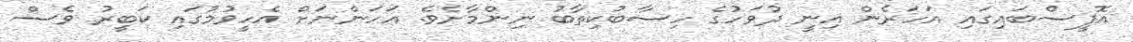
އޮފީސްބައިގައި އަހަރެން އިނީ ދުވަހުގެ ހިސާބުކިތާބު ނިންމާށެވެ. އަހަންނަށް އެހީވުމުގައި ކަބީރު ވެސް